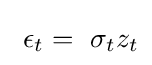
~\epsilon _{t}=~\sigma _{t}z_{t}